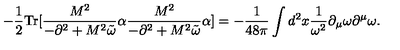
- \frac { 1 } { 2 } \mathrm { T r } [ \frac { M ^ { 2 } } { - \partial ^ { 2 } + M ^ { 2 } { \tilde { \omega } } } \alpha \frac { M ^ { 2 } } { - \partial ^ { 2 } + M ^ { 2 } { \tilde { \omega } } } \alpha ] = - { \frac { 1 } { 4 8 \pi } } \int d ^ { 2 } x { \frac { 1 } { \omega ^ { 2 } } } \partial _ { \mu } \omega \partial ^ { \mu } \omega .